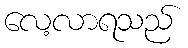
လေ့လာရသည်